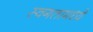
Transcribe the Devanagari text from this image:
स्वगतामध्ये